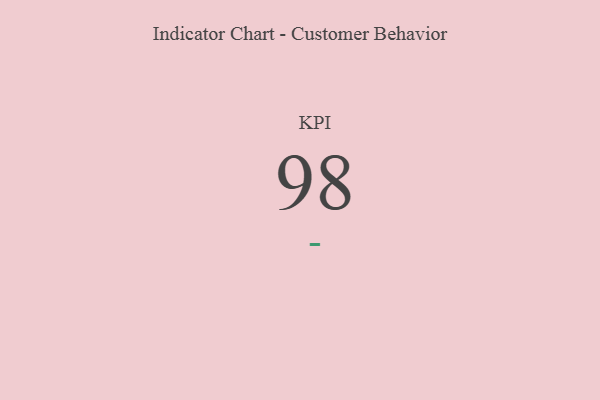
{"axis": {"x": "KPI", "y": "Value"}, "legend": [""], "data": [{"x": "KPI", "y": 98, "type": ""}]}